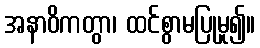
အနာဝိကတွာ၊ ထင်စွာမပြုမူ၍။